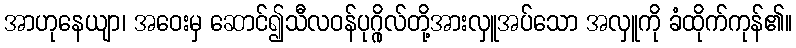
အာဟုနေယျာ၊ အဝေးမှ ဆောင်၍သီလဝန်ပုဂ္ဂိုလ်တို့အားလှူအပ်သော အလှူကို ခံထိုက်ကုန်၏။